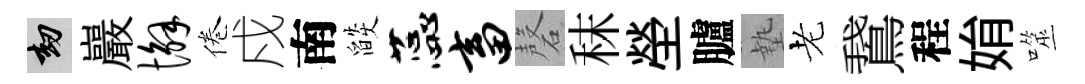
劫巖懈倦戍南燄蕊畜磬秣塋臚墊老鵞程姢噬